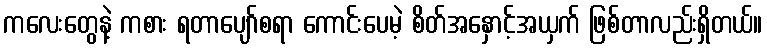
ကလေးတွေနဲ့ ကစား ရတာပျော်စရာ ကောင်းပေမဲ့ စိတ်အနှောင့်အယှက် ဖြစ်တာလည်းရှိတယ်။